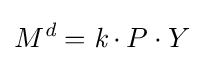
M^{\textit {d}}={\textit {k}}\cdot P\cdot Y